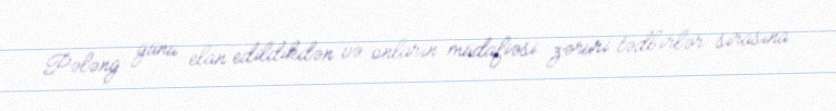
Pələng günü elan edildikdən və onların müdafiəsi zəruri tədbirlər sırasına